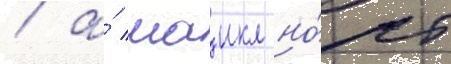
/ а́ маикл но́рт